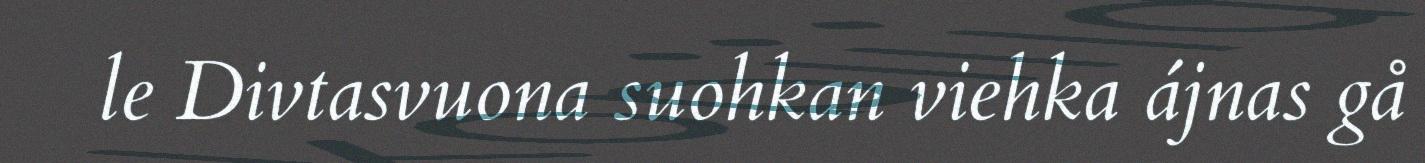
le Divtasvuona suohkan viehka ájnas gå